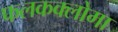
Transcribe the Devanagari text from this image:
फलकक्लोमा